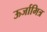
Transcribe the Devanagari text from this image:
ऊर्जामित्र